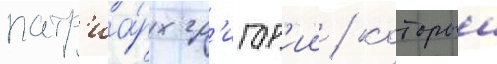
патр'иа́рх гр'игор'ии / которыи